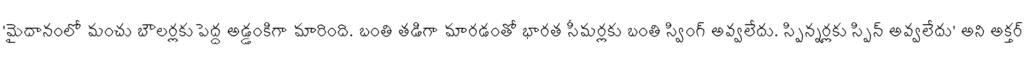
'మైదానంలో మంచు బౌలర్లకు పెద్ద అడ్డంకిగా మారింది. బంతి తడిగా మారడంతో భారత సీమర్లకు బంతి స్వింగ్ అవ్వలేదు. స్పిన్నర్లకు స్పిన్ అవ్వలేదు' అని అక్తర్